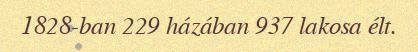
1828-ban 229 házában 937 lakosa élt.